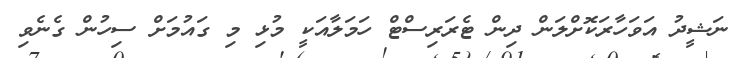
ނަޝީދު އަވަހާރަކޮށްލަން ދިން ޓެރަރިސްޓް ހަމަލާއަކީ މުޅި މި ގައުމަށް ސިހުން ގެނެވި